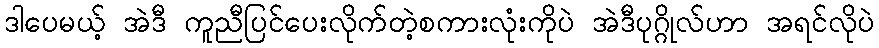
ဒါပေမယ့် အဲဒီ ကူညီပြင်ပေးလိုက်တဲ့စကားလုံးကိုပဲ အဲဒီပုဂ္ဂိုလ်ဟာ အရင်လိုပဲ